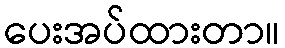
ပေးအပ်ထားတာ။